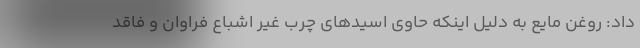
داد: روغن مایع به دلیل اینکه حاوی اسیدهای چرب غیر اشباع فراوان و فاقد